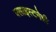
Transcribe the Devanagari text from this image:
क्लाइस्टनेही